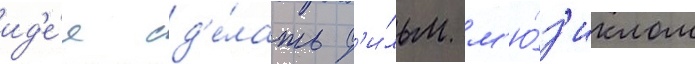
ид'е́я сд'е́лать ф'и́льм м'ю́з'иклом